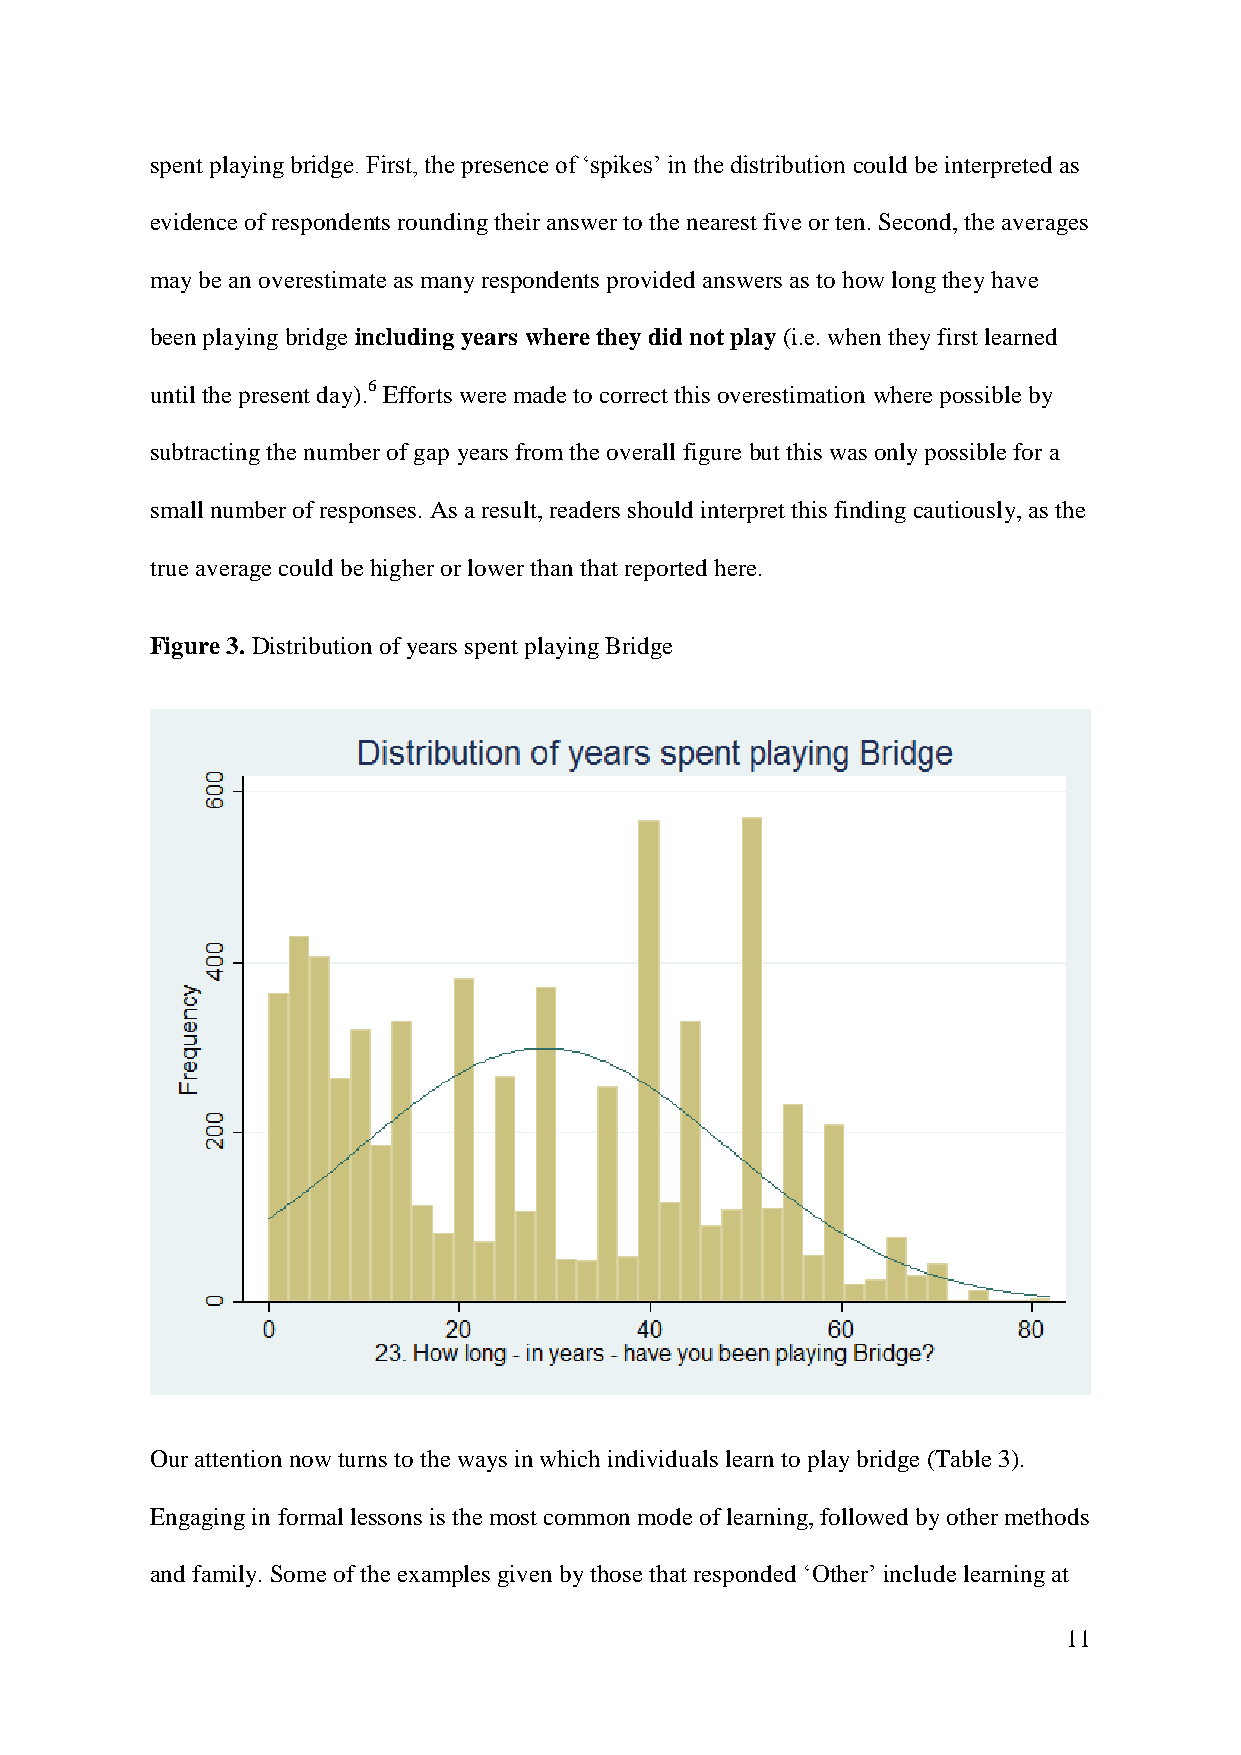
spent playing bridge. First, the presence of ‘spikes’ in the distribution could be interpreted as
 evidence of respondents rounding their answer to the nearest five or ten. Second, the averages
 may be an overestimate as many respondents provided answers as to how long they have
 been playing bridge including years where they did not play (i.e. when they first learned
 until the present day).6 Efforts were made to correct this overestimation where possible by
 subtracting the number of gap years from the overall figure but this was only possible for a
 small number of responses. As a result, readers should interpret this finding cautiously, as the
 true average could be higher or lower than that reported here.
 Figure 3. Distribution of years spent playing Bridge
 Our attention now turns to the ways in which individuals learn to play bridge (Table 3).
 Engaging in formal lessons is the most common mode of learning, followed by other methods
 and family. Some of the examples given by those that responded ‘Other’ include learning at
 11